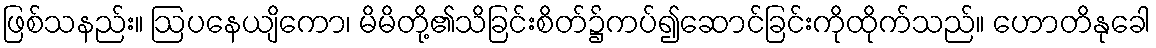
ဖြစ်သနည်း။ ဩပနေယျိကော၊ မိမိတို့၏သိခြင်းစိတ်၌ကပ်၍ဆောင်ခြင်းကိုထိုက်သည်။ ဟောတိနုခေါ